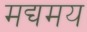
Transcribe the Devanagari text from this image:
मद्यमय